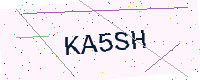
Text: KA5SH